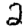
Digit: 2